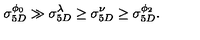
\sigma _ { 5 D } ^ { \phi _ { 0 } } \gg \sigma _ { 5 D } ^ { \lambda } \geq \sigma _ { 5 D } ^ { \nu } \geq \sigma _ { 5 D } ^ { \phi _ { 2 } } .